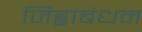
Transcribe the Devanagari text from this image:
जिह्वाबंधन